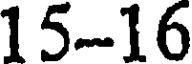
15-16